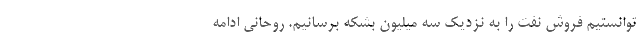
توانستیم فروش نفت را به نزدیک سه میلیون بشکه برسانیم. روحانی ادامه